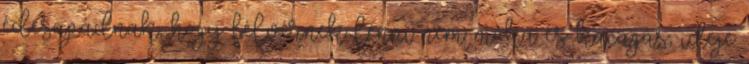
édesapádnak, hogy félvérnek lenni nem móka és kacagás, ideje